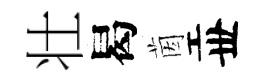
壮曷茵丗